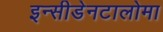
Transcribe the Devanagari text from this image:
इन्सीडेनटालोमा